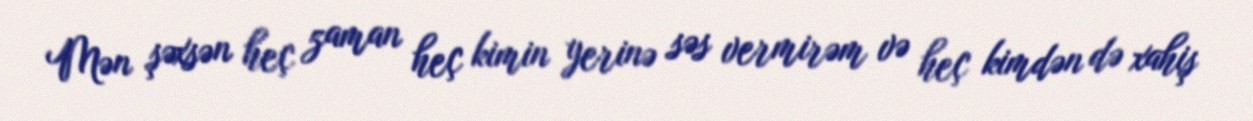
Mən şəxsən heç zaman heç kimin yerinə səs vermirəm və heç kimdən də xahiş